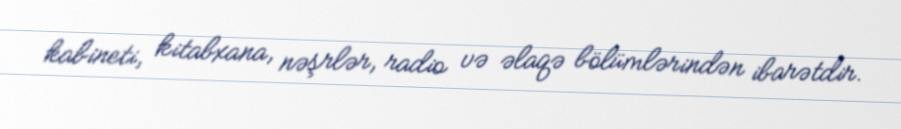
kabineti, kitabxana, nəşrlər, radio və əlaqə bölümlərindən ibarətdir.